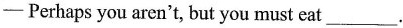
—Perhaps you aren't, but you must eat ___.